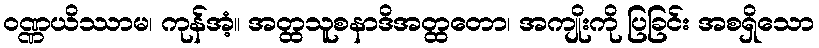
ဝဏ္ဏယိဿာမ၊ ကုန်အံ့။ အတ္ထသူစနာဒိအတ္ထတော၊ အကျိုးကို ပြခြင်း အစရှိသော